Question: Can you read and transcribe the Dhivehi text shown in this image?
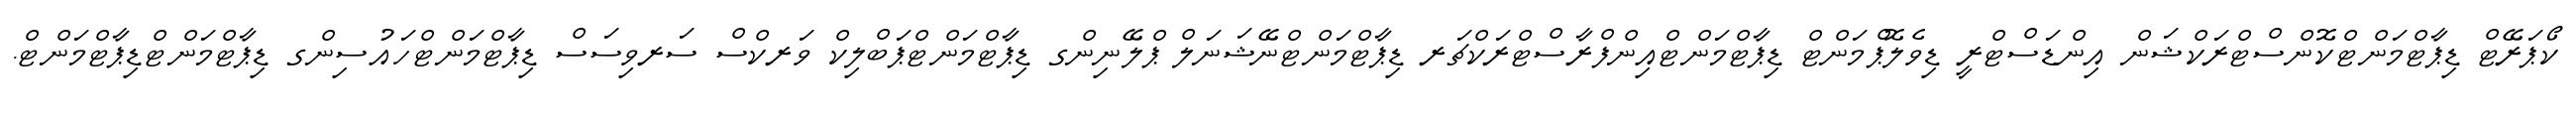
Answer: ކޯޕަރޭޓް ޑިޕާޓްމަންޓްކޮންސްޓްރަކްޝަން އިންޑަސްޓްރީ ޑިވެލޮޕްމަންޓް ޑިޕާޓްމަންޓްއިންފްރާސްޓްރަކްޗަރ ޑިޕާޓްމަންޓްނޭޝަނަލް ޕްލޭނިންގ ޑިޕާޓްމަންޓްޕަބްލިކް ވަރކްސް ސަރވިސަސް ޑިޕާޓްމަންޓްހައުސިންގ ޑިޕާޓްމަންޓްޑިޕާޓްމަންޓް.